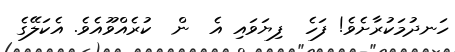
ހަނދުމަކުރާށެވެ! ފަހެ  ފިޔަވައި އެ  ން  ކުރެއްވޫއެވެ. އެކަލޭގެ